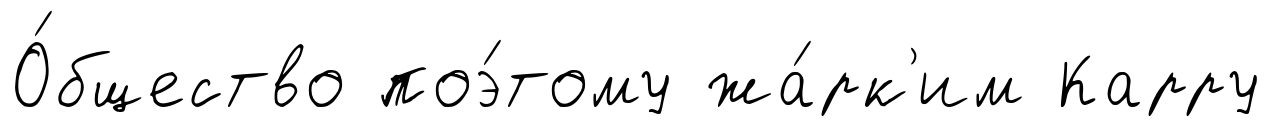
О́бщество поэ́тому жа́рк'им Карру